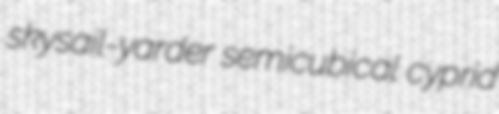
skysail-yarder semicubical cyprid